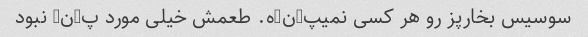
سوسیس بخارپز رو هر کسی نمیپ-ن-ه. طعمش خیلی مورد پ-ن- نبود